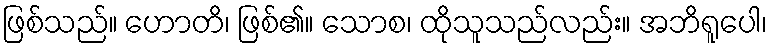
ဖြစ်သည်။ ဟောတိ၊ ဖြစ်၏။ သောစ၊ ထိုသူသည်လည်း။ အဘိရူပေါ၊